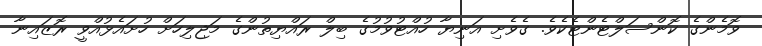
ވޮމެންގެ ކޮންސަލްޓެންޓެކެވެ. ގެވެށި އަނިޔާ ހުއްޓުވުމުގެ ބިލް ރައްޔިތުންގެ މަޖިލިހަށް ހުށައެޅުއްވީ ރޮޒައިނާ